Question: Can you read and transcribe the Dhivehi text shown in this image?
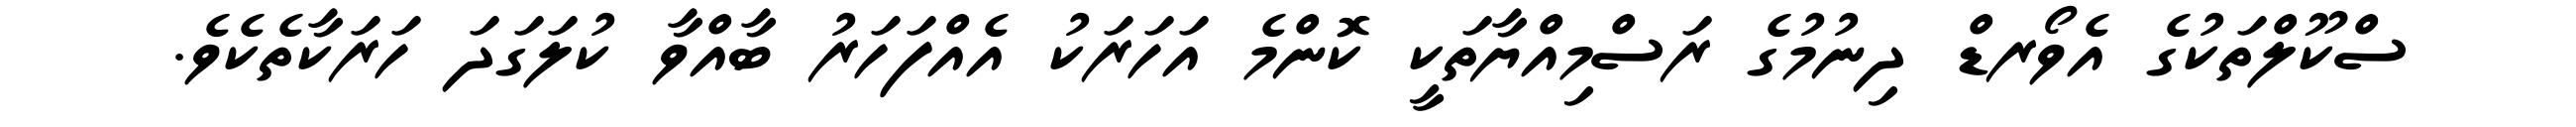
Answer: ސްކޫލްތަކުގެ އެވޯރޑް ދިނުމުގެ ރަސްމިއްޔާތަކީ ކޮންމެ އަހަރަކު އެއްފަހަރު ބާއްވާ ކުލަގަދަ ހަރަކާތެކެވެ.